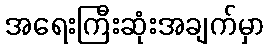
အရေးကြီးဆုံးအချက်မှာ